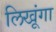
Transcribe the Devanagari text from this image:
लिखूंगा